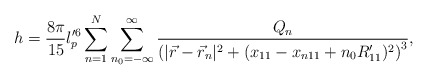
\begin{align*}h = \frac{8 \pi}{15} l_p^{\prime 6}\sum_{n=1}^{N} \sum_{n_0 = -\infty}^{\infty} \frac{Q_n}{\left( |\vec{r} - \vec{r}_n |^2 + (x_{11} - x_{n11} + n_0 R_{11}^{\prime} )^2 \right)^3} ,\end{align*}